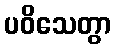
ပဝိသေတွာ